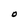
Character: O